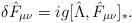
LaTeX: \begin{align*}\delta \hat F_{\mu\nu}=ig[\hat \Lambda , \hat F_{\mu\nu}]_*.\end{align*}